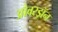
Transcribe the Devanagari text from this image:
ओवरड्रॉन